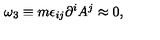
\omega _ { 3 } \equiv m \epsilon _ { i j } \partial ^ { i } A ^ { j } \approx 0 ,